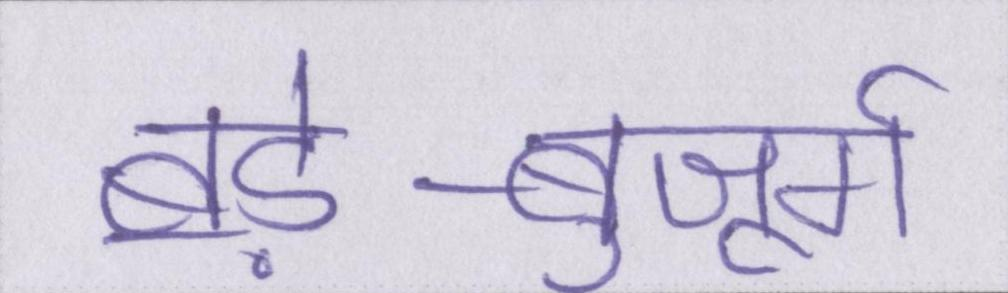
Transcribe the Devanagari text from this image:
बड़े-बुजूर्ग